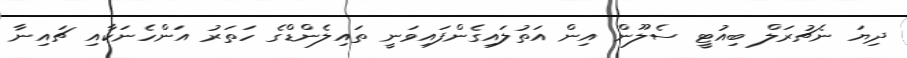
ދިޔަ ނެޗުރަލް ބިއުޓީ ސެލޫން އިން އަތުލައިގެންފައިވަނީ ތައިލެންޑްގެ ހަތަރު އަންހެނަކާއި ޗައިނާ